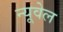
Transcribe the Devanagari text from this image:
न्यूवेल